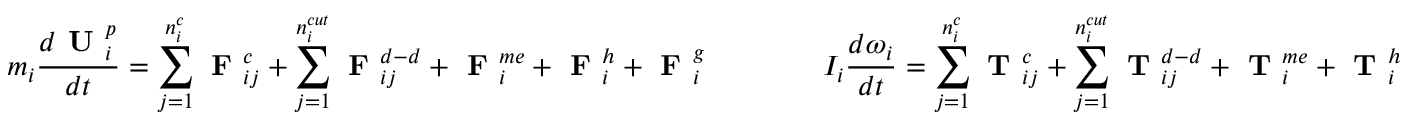
m _ { i } \frac { d \textbf { U } _ { i } ^ { p } } { d t } = \sum _ { j = 1 } ^ { n _ { i } ^ { c } } { \textbf { F } _ { i j } ^ { c } } + \sum _ { j = 1 } ^ { n _ { i } ^ { c u t } } \textbf { F } _ { i j } ^ { d - d } + \textbf { F } _ { i } ^ { m e } + \textbf { F } _ { i } ^ { h } + \textbf { F } _ { i } ^ { g } \qquad \qquad I _ { i } \frac { d \boldsymbol \omega _ { i } } { d t } = \sum _ { j = 1 } ^ { n _ { i } ^ { c } } { \textbf { T } _ { i j } ^ { c } } + \sum _ { j = 1 } ^ { n _ { i } ^ { c u t } } \textbf { T } _ { i j } ^ { d - d } + \textbf { T } _ { i } ^ { m e } + \textbf { T } _ { i } ^ { h }